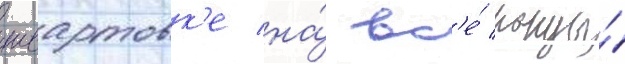
швартовк'е на́ вс'е́ концы́